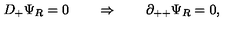
D _ { + } \Psi _ { R } = 0 \qquad \Rightarrow \qquad \partial _ { + + } \Psi _ { R } = 0 ,